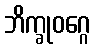
ဘိက္ခုဝဂ္ဂေ